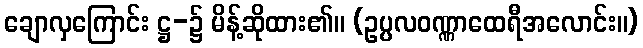
ချောလှကြောင်း ဋ္ဌ-၌ မိန့်ဆိုထား၏။ (ဥပ္ပလဝဏ္ဏာထေရီအလောင်း။)